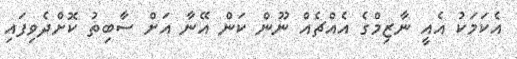
އެކަމަކު އެއީ ނާޒިމްގެ އެއްޗެއް ނޫން ކަން އޭނާ އަށް ސާބިތު ކޮށްދެވިފައި